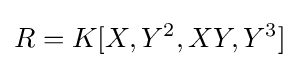
R=K[X,Y^{2},XY,Y^{3}]